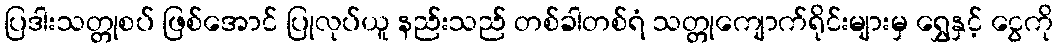
ပြဒါးသတ္တုစပ် ဖြစ်အောင် ပြုလုပ်ယူ နည်းသည် တစ်ခါတစ်ရံ သတ္တုကျောက်ရိုင်းများမှ ရွှေနှင့် ငွေကို